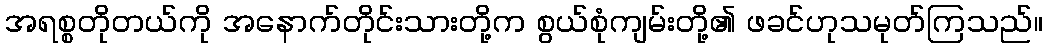
အရစ္စတိုတယ်ကို အနောက်တိုင်းသားတို့က စွယ်စုံကျမ်းတို့၏ ဖခင်ဟုသမုတ်ကြသည်။